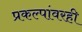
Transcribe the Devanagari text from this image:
प्रकल्पांवरही